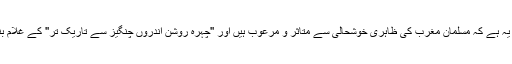
مگر بدقسمتی یہ ہے کہ مسلمان مغرب کی ظاہری خوشحالی سے متاثر و مرعوب ہیں اور ''چہرہ روشن اندروں چنگیز سے تاریک تر'' کے غلام بنے ہوئے ہیں۔